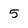
Character: 5